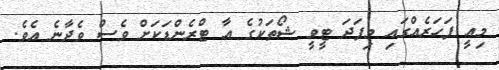
މިއީ ފަހަރެއްގައި މިފަދަ ޓީވީ ޝޯތަކުގެ އާ ޓްރެންޑަކަށް ވެސް ވެދާނެ އެވެ.